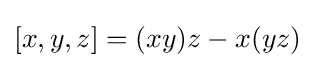
[x,y,z]=(xy)z-x(yz)